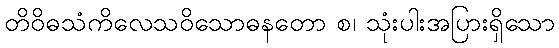
တိဝိဓသံကိလေသဝိသောဓနတော စ၊ သုံးပါးအပြားရှိသော